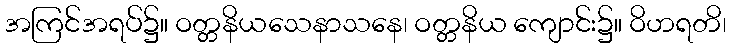
အကြင်အရပ်၌။ ဝတ္တနိယသေနာသနေ၊ ဝတ္တနိယ ကျောင်း၌။ ဝိဟရတိ၊